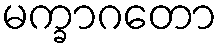
မက္ခာဂတော